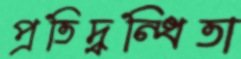
প্রতিদ্বন্ধিতা